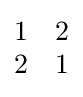
{\begin{matrix}1&2\\2&1\end{matrix}}